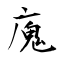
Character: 廆